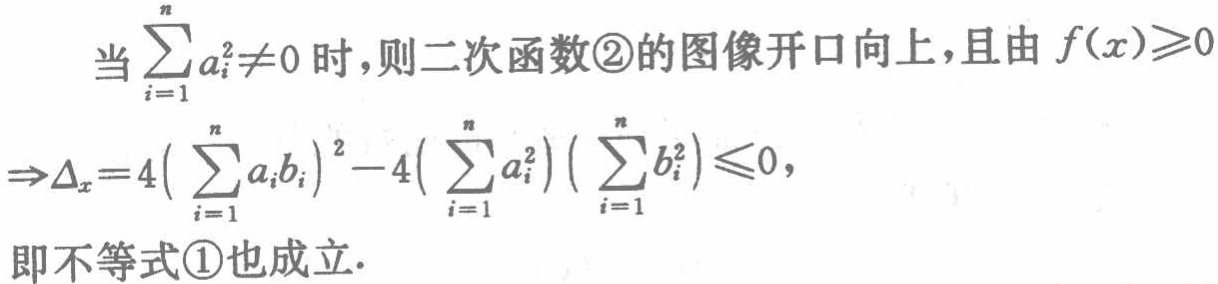
当\(\sum_{i = 1}^{n}a_{i}^{2}\neq0\)时，则二次函数\textcircled{2}的图像开口向上，且由\(f(x)\geqslant0\)

\(\Rightarrow\Delta_{x}=4\left(\sum_{i = 1}^{n}a_{i}b_{i}\right)^{2}-4\left(\sum_{i = 1}^{n}a_{i}^{2}\right)\left(\sum_{i = 1}^{n}b_{i}^{2}\right)\leqslant0\)，

即不等式\textcircled{1}也成立.